Lunatic asylums in Bengal annual reports 1888-1898 - 1888-1898
Year: 1888
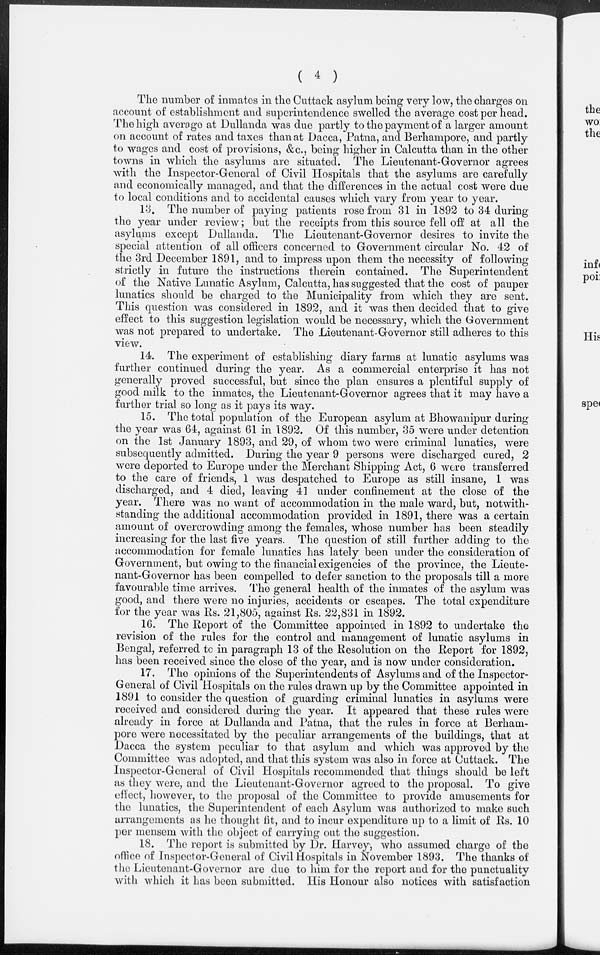
( 4 )
The number of inmates in the Cuttack asylum being very low, the charges on
account of establishment and superintendence swelled the average cost per head.
The high average at Dullanda was due partly to the payment of a larger amount
on account of rates and taxes than at Dacca, Patna, and Berhampore, and partly
to wages and cost of provisions, &c., being higher in Calcutta than in the other
towns in which the asylums are situated. The Lieutenant-Governor agrees
with the Inspector-General of Civil Hospitals that the asylums are carefully
and economically managed, and that the differences in the actual cost were due
to local conditions and to accidental causes which vary from year to year.
13. The number of paying patients rose from 31 in 1892 to 34 during
the year under review; but the receipts from this source fell off at all the
asylums except Dullanda. The Lieutenant-Governor desires to invite the
special attention of all officers concerned to Government circular No. 42 of
the 3rd December 1891, and to impress upon them the necessity of following
strictly in future the instructions therein contained. The Superintendent
of the Native Lunatic Asylum, Calcutta, has suggested that the cost of pauper
lunatics should be charged to the Municipality from which they are sent.
This question was considered in 1892, and it was then decided that to give
effect to this suggestion legislation would be necessary, which the Government
was not prepared to undertake. The Lieutenant-Governor still adheres to this
view.
14. The experiment of establishing diary farms at lunatic asylums was
further continued during the year. As a commercial enterprise it has not
generally proved successful, but since the plan ensures a plentiful supply of
good milk to the inmates, the Lieutenant-Governor agrees that it may have a
further trial so long as it pays its way.
15. The total population of the European asylum at Bhowanipur during
the year was 64, against 61 in 1892. Of this number, 35 were under detention
on the 1st January 1893, and 29, of whom two were criminal lunatics, were
subsequently admitted. During the year 9 persons were discharged cured, 2
were deported to Europe under the Merchant Shipping Act, 6 were transferred
to the care of friends, 1 was despatched to Europe as still insane, 1 was
discharged, and 4 died, leaving 41 under confinement at the close of the
year. There was no want of accommodation in the male ward, but, notwith-
standing the additional accommodation provided in 1891, there was a certain
amount of overcrowding among the females, whose number has been steadily
increasing for the last five years. The question of still further adding to the
accommodation for female lunatics has lately been under the consideration of
Government, but owing to the financial exigencies of the province, the Lieute-
nant-Governor has been compelled to defer sanction to the proposals till a more
favourable time arrives. The general health of the inmates of the asylum was
good, and there were no injuries, accidents or escapes. The total expenditure
for the year was Rs. 21,805, against Rs. 22,831 in 1892.
16. The Report of the Committee appointed in 1892 to undertake the
revision of the rules for the control and management of lunatic asylums in
Bengal, referred to in paragraph 13 of the Resolution on the Report for 1892,
has been received since the close of the year, and is now under consideration.
17. The opinions of the Superintendents of Asylums and of the Inspector-
General of Civil Hospitals on the rules drawn up by the Committee appointed in
1891 to consider the question of guarding criminal lunatics in asylums were
received and considered during the year. It appeared that these rules were
already in force at Dullanda and Patna, that the rules in force at Berham-
pore were necessitated by the peculiar arrangements of the buildings, that at
Dacca the system peculiar to that asylum and which was approved by the
Committee was adopted, and that this system was also in force at Cuttack. The
Inspector-General of Civil Hospitals recommended that things should be left
as they were, and the Lieutenant-Governor agreed to the proposal. To give
effect, however, to the proposal of the Committee to provide amusements for
the lunatics, the Superintendent of each Asylum was authorized to make such
arrangements as he thought fit, and to incur expenditure up to a limit of Rs. 10
per mensem with the object of carrying out the suggestion.
18. The report is submitted by Dr. Harvey, who assumed charge of the
office of Inspector-General of Civil Hospitals in November 1893. The thanks of
the Lieutenant-Governor are due to him for the report and for the punctuality
with which it has been submitted. His Honour also notices with satisfaction